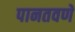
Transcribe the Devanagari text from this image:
पानतवणे